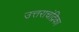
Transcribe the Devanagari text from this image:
उत्तराचंद्रिका